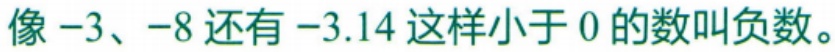
像\(-3\)、\(-8\)还有\(-3.14\)这样小于\(0\)的数叫负数。